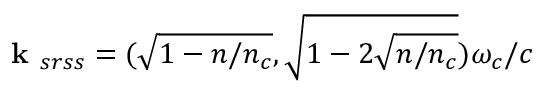
\textbf { k } _ { s r s s } = ( \sqrt { 1 - n / n _ { c } } , \sqrt { 1 - 2 \sqrt { n / n _ { c } } } ) \omega _ { c } / c